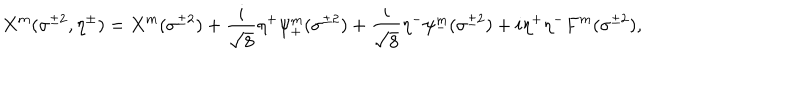
LaTeX: X ^ { m } ( \sigma ^ { \pm 2 } , \eta ^ { \pm } ) = X ^ { m } ( \sigma ^ { \pm 2 } ) + \frac { i } { \sqrt { 8 } } \eta ^ { + } \psi _ { + } ^ { m } ( \sigma ^ { \pm 2 } ) + \frac { i } { \sqrt { 8 } } \eta ^ { - } \psi _ { - } ^ { m } ( \sigma ^ { \pm 2 } ) + i \eta ^ { + } \eta ^ { - } F ^ { m } ( \sigma ^ { \pm 2 } ) ,